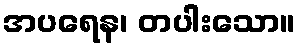
အပရေန၊ တပါးသော။